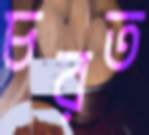
চরত